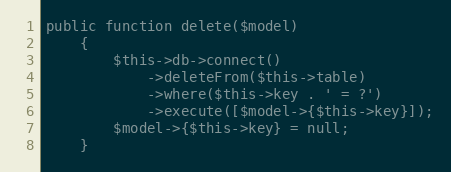
Language: PHP
public function delete($model)
    {
        $this->db->connect()
            ->deleteFrom($this->table)
            ->where($this->key . ' = ?')
            ->execute([$model->{$this->key}]);
        $model->{$this->key} = null;
    }